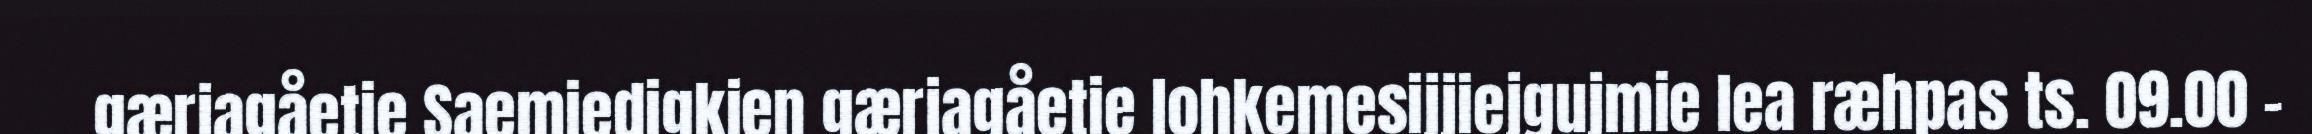
gærjagåetie Saemiedigkien gærjagåetie lohkemesijjiejgujmie lea ræhpas ts. 09.00 –